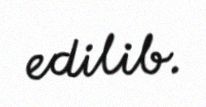
edilib.